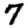
Digit: 7